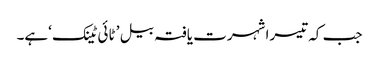
​جب کہ تیسرا شہرت یافتہ بیل ’ ٹائی ٹینک ‘ہے۔